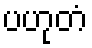
ပဟုတံ